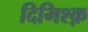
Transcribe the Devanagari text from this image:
दिमिश्क़